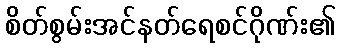
စိတ်စွမ်းအင်နတ်ရေစင်ဂိုဏ်း၏